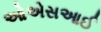
ઓએસઆઈ